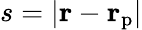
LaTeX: s=|{\mathbf r}-{\mathbf r}_{\mathrm{p}}|